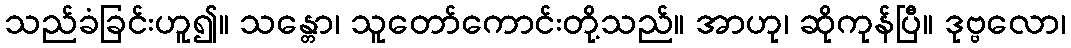
သည်ခံခြင်းဟူ၍။ သန္တော၊ သူတော်ကောင်းတို့သည်။ အာဟု၊ ဆိုကုန်ပြီ။ ဒုဗ္ဗလော၊